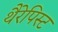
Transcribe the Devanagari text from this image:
थैरेपिस्ट